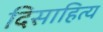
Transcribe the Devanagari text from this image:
दिसाहित्य